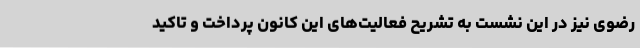
رضوی نیز در این نشست به تشریح فعالیت‌های این کانون پرداخت و تاکید